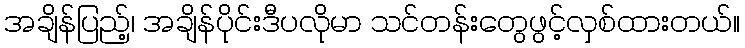
အချိန်ပြည့်၊ အချိန်ပိုင်းဒီပလိုမာ သင်တန်းတွေဖွင့်လှစ်ထားတယ်။